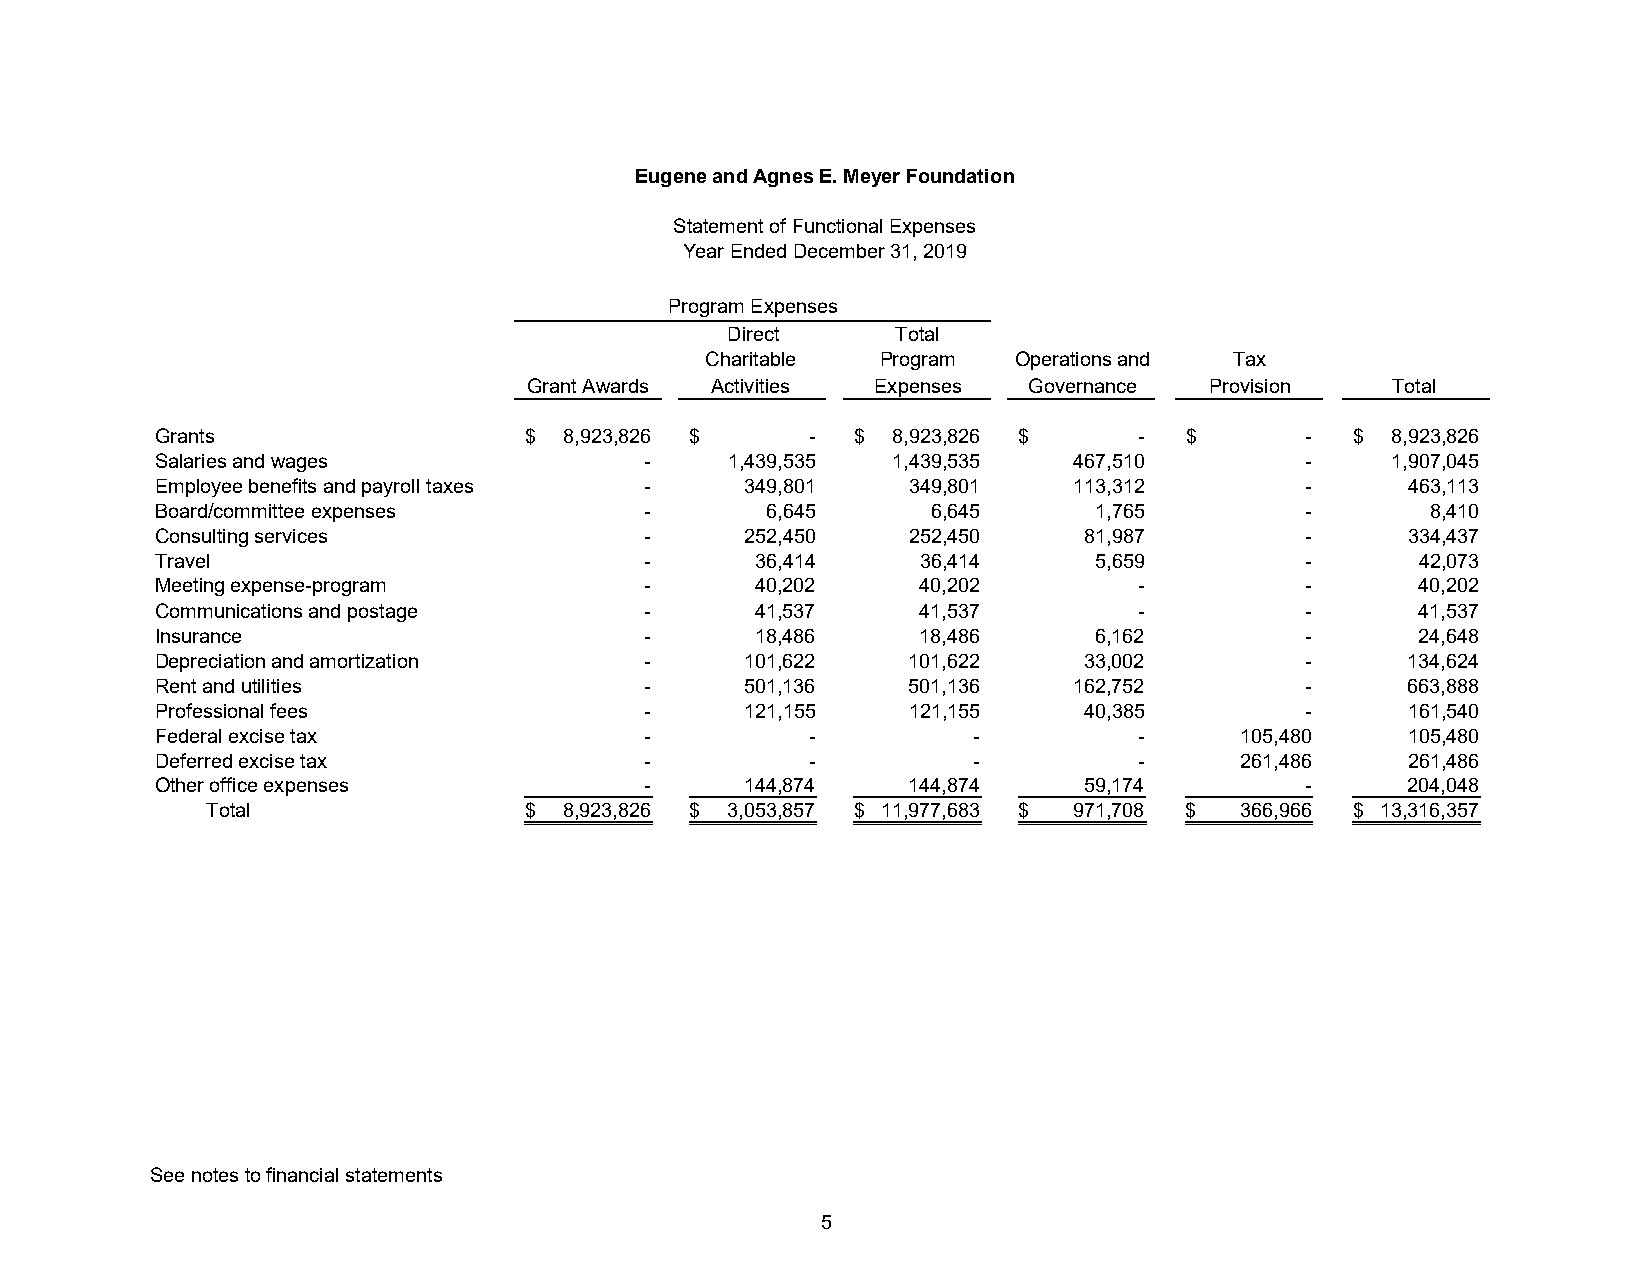
Eugene and Agnes E. Meyer Foundation
 Statement of Functional Expenses
 Year Ended December 31, 2019
 Program Expenses
 Direct     Total
 Charitable  Program  Operations and Tax
 Grant Awards Activities Expenses Governance  Provision   Total
 Grants                  $  8 ,923,826 $    -  $  8 ,923,826 $    -  $       -  $  8 ,923,826
 Salaries and wages              -     1 ,439,535 1 ,439,535  4 67,510       -     1 ,907,045
 Employee benefits and payroll taxes -  3 49,801   3 49,801   1 13,312       -      4 63,113
 Board/committee expenses        -       6 ,645     6 ,645     1 ,765        -       8 ,410
 Consulting services             -      2 52,450   2 52,450   8 1,987        -      3 34,437
 Travel                          -       3 6,414    3 6,414    5 ,659        -       4 2,073
 Meeting expense-program         -       4 0,202    4 0,202       -          -       4 0,202
 Communications and postage      -       4 1,537    4 1,537       -          -       4 1,537
 Insurance                       -       1 8,486    1 8,486    6 ,162        -       2 4,648
 Depreciation and amortization   -      1 01,622   1 01,622   3 3,002        -      1 34,624
 Rent and utilities              -      5 01,136   5 01,136   1 62,752       -      6 63,888
 Professional fees               -      1 21,155   1 21,155   4 0,385        -      1 61,540
 Federal excise tax              -          -          -          -      1 05,480   1 05,480
 Deferred excise tax             -          -          -          -      2 61,486   2 61,486
 Other office expenses           -      1 44,874   1 44,874   5 9,174        -      2 04,048
 Total                $  8 ,923,826 $ 3 ,053,857 $ 1 1,977,683 $ 9 71,708 $ 3 66,966 $ 1 3,316,357
 See notes to financial statements
 5